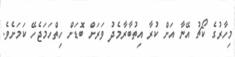
މިހާރުގެ ކޯޗު އޭނާ އަށް ކުރާ އިތުބާރާމެދު ވަރަށް ބޮޑަށް ހިތްހަމަޖެހޭ ކަމަށެވެ.